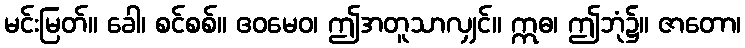
မင်းမြတ်။ ခေါ၊ စင်စစ်။ ဧဝမေဝ၊ ဤအတူသာလျှင်။ ဣဓ၊ ဤဘုံ၌။ ဇာတော၊